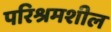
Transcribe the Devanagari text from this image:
परिश्रमशील